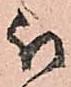
被